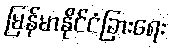
မြန်မာနိုင်ငံခြားရေး